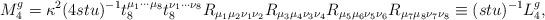
LaTeX: \begin{align*}M^{g}_4=\kappa^2 (4 s t u)^{-1} t_8^{\mu_1\cdots\mu_8} t_8^{\nu_1\cdots\nu_8}R_{\mu_1\mu_2\nu_1\nu_2}R_{\mu_3\mu_4\nu_3\nu_4}R_{\mu_5\mu_6\nu_5\nu_6}R_{\mu_7\mu_8\nu_7\nu_8}\equiv (s t u)^{-1} L^g_4,\end{align*}